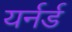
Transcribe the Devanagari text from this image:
यर्नर्ड